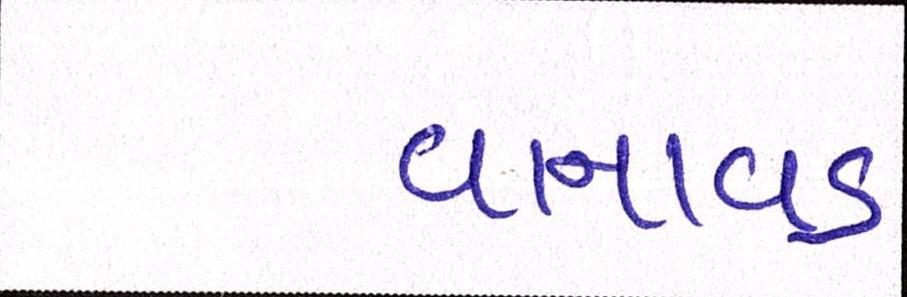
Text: વાનાવડ